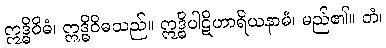
ဣဒ္ဓိဝိဓံ၊ ဣဒ္ဓိဝိဓသည်။ ဣဒ္ဓိပါဋိဟာရိယနာမံ၊ မည်၏။ တံ၊